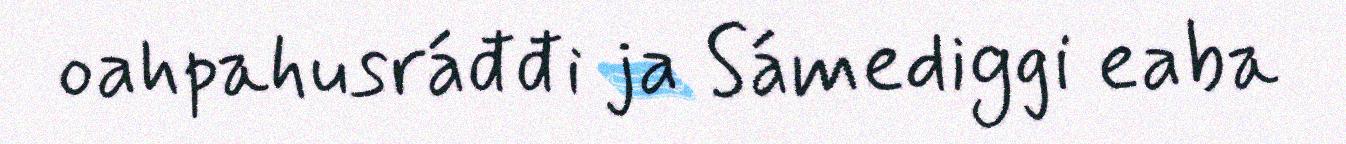
oahpahusráđđi ja Sámediggi eaba